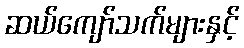
ဆယ်ကျော်သက်များနှင့်